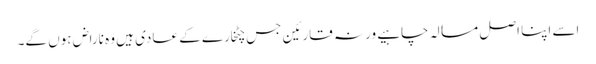
اسے اپنا اصل مسالہ چاہیے ورنہ قارئین جس چٹخارے کے عادی ہیں وہ ناراض ہوں گے۔